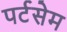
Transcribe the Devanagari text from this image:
पर्टसेम